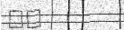
٣٥